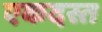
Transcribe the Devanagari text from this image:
एकदस्त